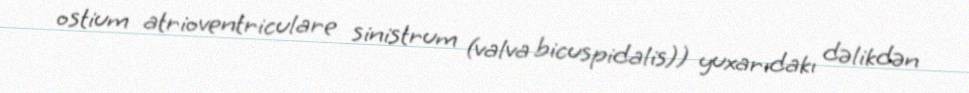
ostium atrioventriculare sinistrum (valva bicuspidalis)) yuxarıdakı dəlikdən